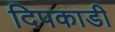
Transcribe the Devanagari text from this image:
दिपकाडी